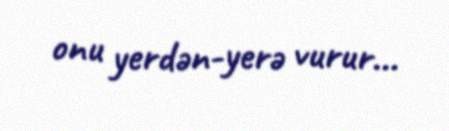
onu yerdən-yerə vurur...